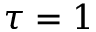
\tau = 1